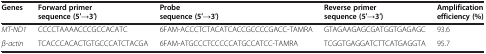
| Genes | Forward primer sequence (5′→3′) | Probe sequence (5′→3′) | Reverse primer sequence (5′→3′) | Amplification efficiency (%) |
 | --- | --- | --- | --- | --- |
 | MT-ND1 | CCCCTAAAACCCGCCACATC | 6FAM-ACCCTCTACATCACCGCCCCGACC-TAMRA | GTAGAAGAGCGATGGTGAGAGC | 93.6 |
 | β-actin | TCACCCACACTGTGCCCATCTACGA | 6FAM-ATGCCCTCCCCCATGCCATCC-TAMRA | TCGGTGAGGATCTTCATGAGGTA | 95.7 |